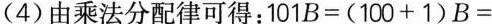
(4)由乘法分配律可得：$$1 0 1 B = ( 1 0 0 + 1 ) B =